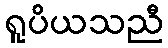
ရူပိယသညီ